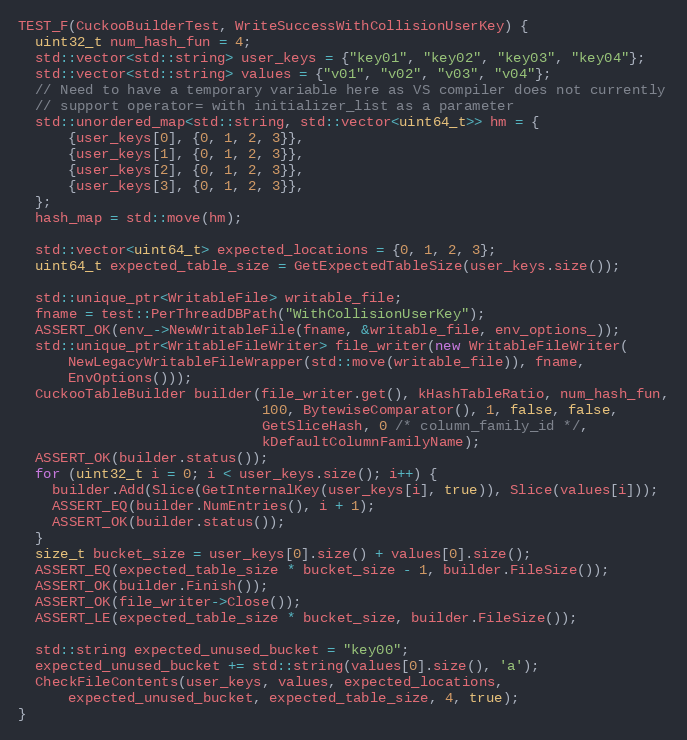
Language: C++
TEST_F(CuckooBuilderTest, WriteSuccessWithCollisionUserKey) {
  uint32_t num_hash_fun = 4;
  std::vector<std::string> user_keys = {"key01", "key02", "key03", "key04"};
  std::vector<std::string> values = {"v01", "v02", "v03", "v04"};
  // Need to have a temporary variable here as VS compiler does not currently
  // support operator= with initializer_list as a parameter
  std::unordered_map<std::string, std::vector<uint64_t>> hm = {
      {user_keys[0], {0, 1, 2, 3}},
      {user_keys[1], {0, 1, 2, 3}},
      {user_keys[2], {0, 1, 2, 3}},
      {user_keys[3], {0, 1, 2, 3}},
  };
  hash_map = std::move(hm);

  std::vector<uint64_t> expected_locations = {0, 1, 2, 3};
  uint64_t expected_table_size = GetExpectedTableSize(user_keys.size());

  std::unique_ptr<WritableFile> writable_file;
  fname = test::PerThreadDBPath("WithCollisionUserKey");
  ASSERT_OK(env_->NewWritableFile(fname, &writable_file, env_options_));
  std::unique_ptr<WritableFileWriter> file_writer(new WritableFileWriter(
      NewLegacyWritableFileWrapper(std::move(writable_file)), fname,
      EnvOptions()));
  CuckooTableBuilder builder(file_writer.get(), kHashTableRatio, num_hash_fun,
                             100, BytewiseComparator(), 1, false, false,
                             GetSliceHash, 0 /* column_family_id */,
                             kDefaultColumnFamilyName);
  ASSERT_OK(builder.status());
  for (uint32_t i = 0; i < user_keys.size(); i++) {
    builder.Add(Slice(GetInternalKey(user_keys[i], true)), Slice(values[i]));
    ASSERT_EQ(builder.NumEntries(), i + 1);
    ASSERT_OK(builder.status());
  }
  size_t bucket_size = user_keys[0].size() + values[0].size();
  ASSERT_EQ(expected_table_size * bucket_size - 1, builder.FileSize());
  ASSERT_OK(builder.Finish());
  ASSERT_OK(file_writer->Close());
  ASSERT_LE(expected_table_size * bucket_size, builder.FileSize());

  std::string expected_unused_bucket = "key00";
  expected_unused_bucket += std::string(values[0].size(), 'a');
  CheckFileContents(user_keys, values, expected_locations,
      expected_unused_bucket, expected_table_size, 4, true);
}